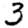
Digit: 3